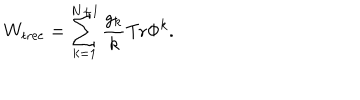
LaTeX: W _ { \mathrm { t r e e } } = \sum _ { k = 1 } ^ { N + 1 } \frac { g _ { k } } { k } \mathrm { T r } \Phi ^ { k } .